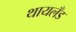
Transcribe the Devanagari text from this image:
थायलँड